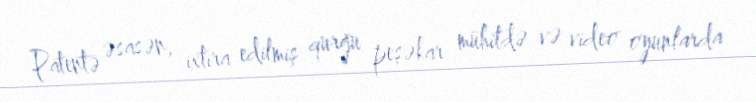
Patentə əsasən, ixtira edilmiş qurğu peşəkar mühitdə və video oyunlarda